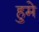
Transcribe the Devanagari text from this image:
हुमे